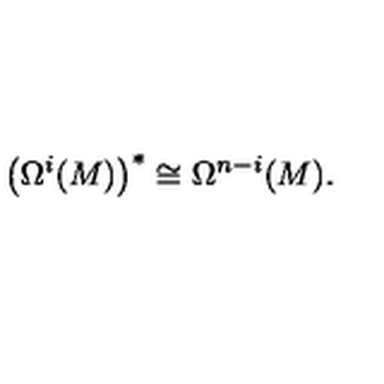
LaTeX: \left( \Omega ^ { i } ( M ) \right) ^ { * } \cong \Omega ^ { n - i } ( M ) .